Document type: Sale
Year: 1274
Scribe: [Unknown]
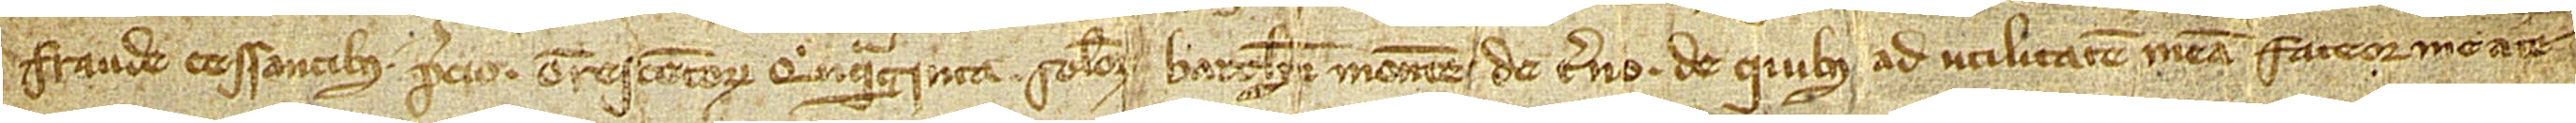
fraude cessantibus, precio trescentorum quinquaginta solidorum Barchinone monete de terno, de quibus ad utilitatem meam fateor me a te